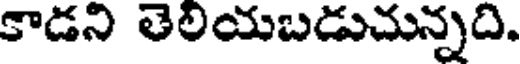
కాడని తెలియబడుచున్నది.